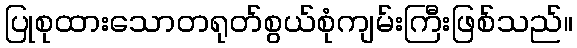
ပြုစုထားသောတရုတ်စွယ်စုံကျမ်းကြီးဖြစ်သည်။